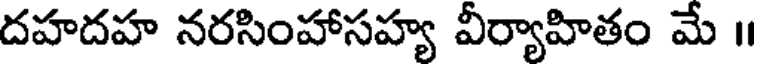
దహదహ నరసింహాసహ్య వీర్యాహితం మే ॥